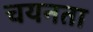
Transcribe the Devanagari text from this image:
चयनता